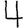
Digit: 4